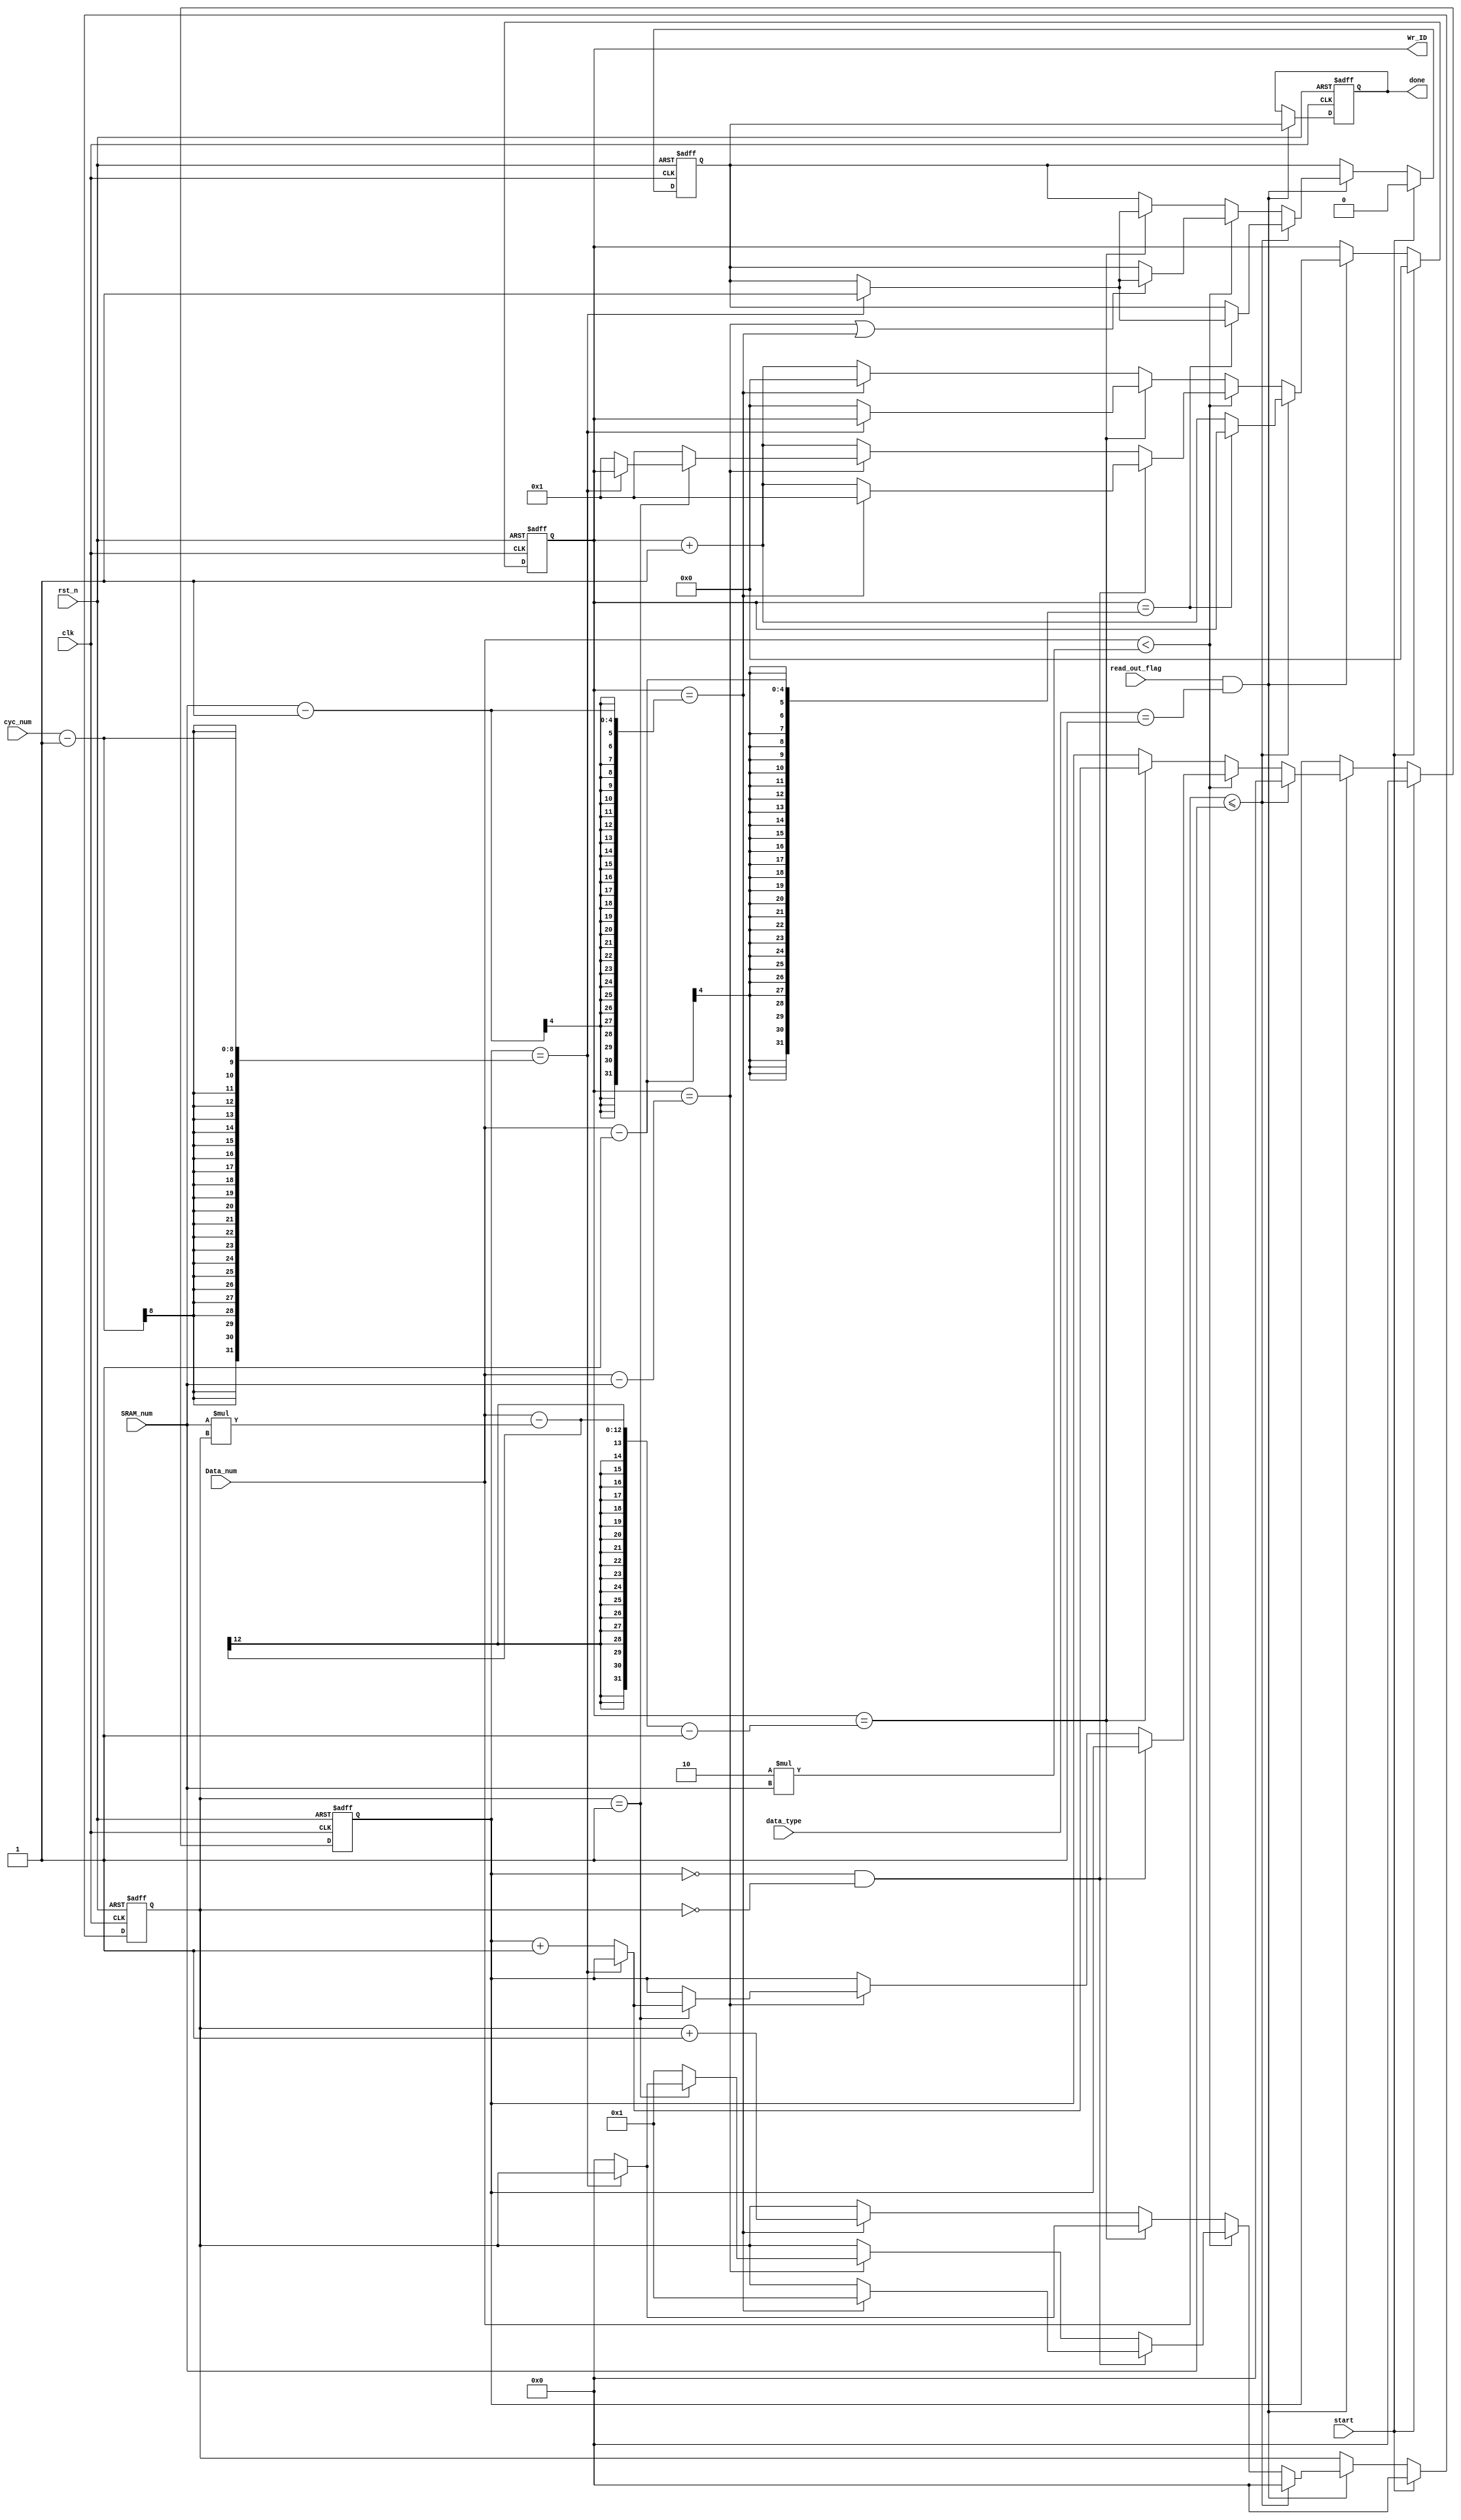
module SRAM_Wr_ID #(
    parameter CYC_BITWIDTH = 'd8, 
    parameter DATA_TYPE = 2'b01
    )(
    input clk,    // Clock
    input rst_n,  // Asynchronous reset active low
    
    input start, 
    input [1 : 0]data_type, 
    input [3 : 0]SRAM_num,
    input [3 : 0]Data_num,
    input [CYC_BITWIDTH - 1 : 0]cyc_num,

    input read_out_flag, 

    output reg [3 : 0]Wr_ID,
    output reg done

);
    


reg [7 : 0]Round;
reg [CYC_BITWIDTH - 1 : 0]Cyc;
reg done_t;

always @(posedge clk or negedge rst_n) begin
    if (~rst_n) begin
        done_t <= 0; 
    end else if(start) begin
        done_t <= 0;
    end else if (read_out_flag == 1 && data_type == DATA_TYPE) begin 
        if (Data_num <= SRAM_num) begin
            if (Wr_ID == Data_num - 1) begin
                if (Cyc == cyc_num - 1) begin
                    done_t <= 1;
                end
            end
        end else if (Data_num < 2 * SRAM_num) begin
            if ((Wr_ID == Data_num - SRAM_num) || (Wr_ID == SRAM_num - 1)) begin
                if (Cyc == cyc_num - 1) begin
                    done_t <= 1;
                end
            end 
        end else begin
            if (Wr_ID == Data_num - SRAM_num * Round - 1) begin
                if (Cyc == cyc_num - 1) begin
                    done_t <= 1;
                end
            end
        end
    end
end

always @(posedge clk or negedge rst_n) begin
    if (~rst_n) begin
        done <= 0;        
    end else if (read_out_flag == 1 && data_type == DATA_TYPE) begin
        done <= done_t;
    end
end

always @(posedge clk or negedge rst_n) begin
    if (~rst_n) begin
        Wr_ID <= 0;
        Round <= 0;  
    end else if (start) begin
        Wr_ID <= 0;
        Round <= 0;  
    end else if (read_out_flag == 1 && data_type == DATA_TYPE) begin
        if (Data_num <= SRAM_num) begin
            if (Wr_ID == Data_num - 1) begin
                Wr_ID <= Wr_ID;
                Round <= 0;
            end else begin
                Wr_ID <= Wr_ID + 1;
                Round <= 0;
            end
        end else if (Data_num < 2 * SRAM_num) begin
            if(Cyc == 0 && Round == 0) begin
                if (Wr_ID == SRAM_num - 1) begin
                    Wr_ID <= 1;
                    Round <= 1;
                end else begin
                    Wr_ID <= Wr_ID + 1;
                    Round <= Round;
                end
            end else begin
                if ((Wr_ID == Data_num - SRAM_num)) begin
                    if(Round == 1) begin
                        if(Cyc == cyc_num - 1) begin
                            Wr_ID <= Wr_ID;
                            Round <= Round;
                        end else begin 
                            Wr_ID <= 1;
                            Round <= 0;
                        end
                    end else begin
                        Wr_ID <= 1;
                        Round <= 1;
                    end
                    
                end else begin
                    Wr_ID <= Wr_ID + 1;
                    Round <= Round;
                end
            end
        end else begin
            if (Wr_ID == Data_num - SRAM_num * Round - 1) begin
                if (Cyc == cyc_num - 1) begin
                    Round <= Round;
                    Wr_ID <= Wr_ID;
                end else begin
                    Round <= 0;
                    Wr_ID <= 0;
                end
            end else if (Wr_ID == SRAM_num - 1) begin
                Wr_ID <= 0;
                Round <= Round + 1;
            end else begin
                Wr_ID <= Wr_ID + 1;
                Round <= Round;
            end
        end
    end
end

always @(posedge clk or negedge rst_n) begin
    if (~rst_n) begin
        Cyc   <= 0;
    end else if (start) begin
        Cyc   <= 0;
    end else if (read_out_flag == 1 && data_type == DATA_TYPE) begin
        if (Data_num <= SRAM_num) begin
            Cyc   <= 0;
        end else if (Data_num < 2 * SRAM_num) begin
            if(Cyc == 0 && Round == 0) begin
                Cyc   <= Cyc;
            end else begin
                if ((Wr_ID == Data_num - SRAM_num)) begin
                    if(Round == 1) begin
                        if(Cyc == cyc_num - 1) begin
                            Cyc   <= Cyc;
                        end else begin 
                            Cyc <= Cyc + 1;
                        end
                    end else begin
                        Cyc   <= Cyc;
                    end
                    
                end else begin
                    Cyc   <= Cyc;
                end
            end
        end else begin
            if (Wr_ID == Data_num - SRAM_num * Round - 1) begin
                if (Cyc == cyc_num - 1) begin
                    Cyc   <= Cyc;
                end else begin
                    Cyc   <= Cyc + 1;
                end
            end
        end
    end
end



endmodule